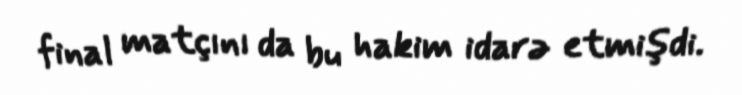
final matçını da bu hakim idarə etmişdi.